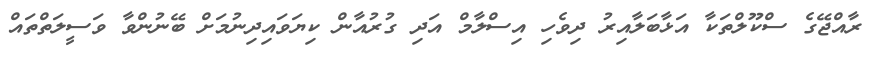
ރާއްޖޭގެ ސްކޫލްތަކާ އަޅާބަލާއިރު ދިވެހި އިސްލާމް އަދި ގުރުއާން ކިޔަވައިދިނުމަށް ބޭނުންވާ ވަސީލަތްތައް